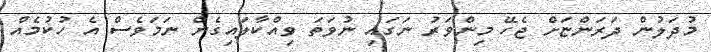
މުދަލުން ދަރަންޏަށް ޖެހޭ މިންވަރު ނަގައި ނުވަތަ ވިއްކާލައިގެން ނަމަވެސް އެ ހުކުމެއް